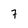
Character: 7